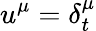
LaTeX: u^{\mu}=\delta_{t}^{\mu}